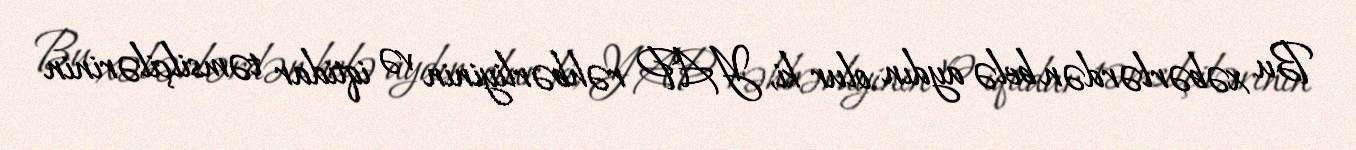
Bu xəbərlərdən belə aydın olur ki, YAP rəhbərliyinin və iqtidar təmsilçilərinin